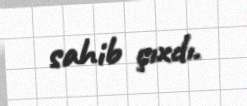
sahib çıxdı.